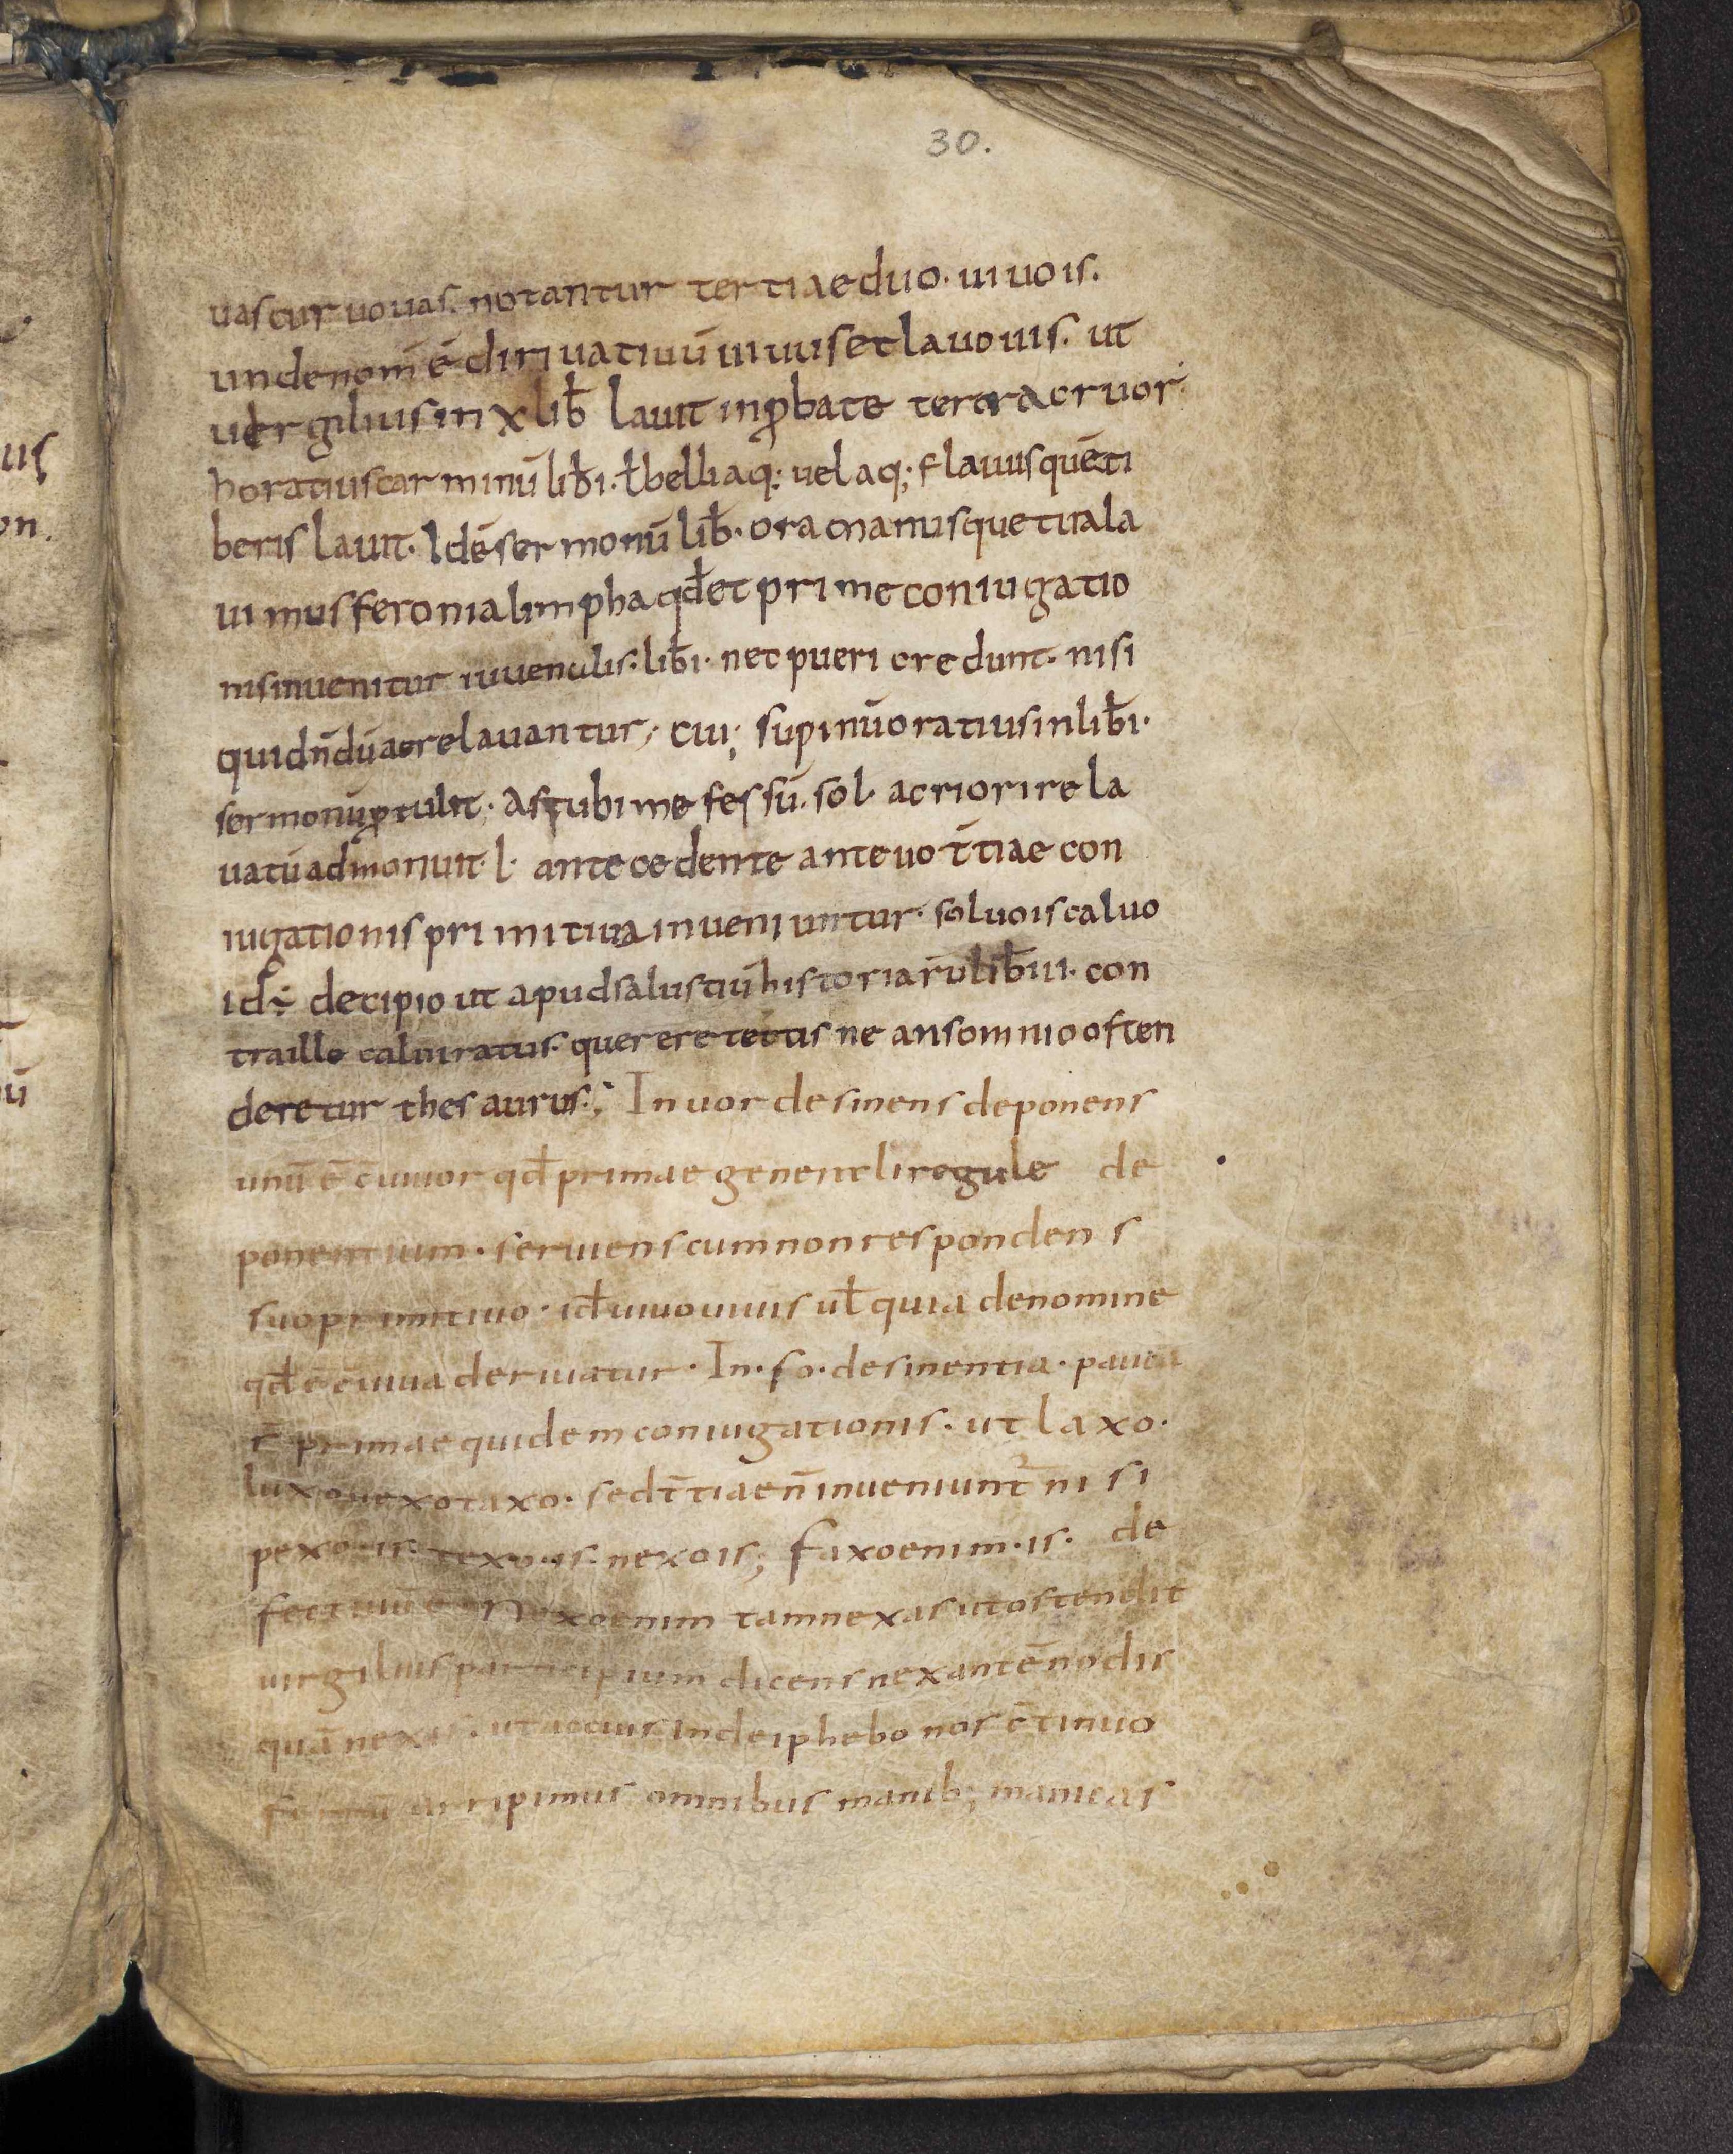
Shelfmark: Leiden, Bibliotheek der Rijksuniversiteit, Voss. Lat. O 41
Century: 9